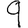
Digit: 9